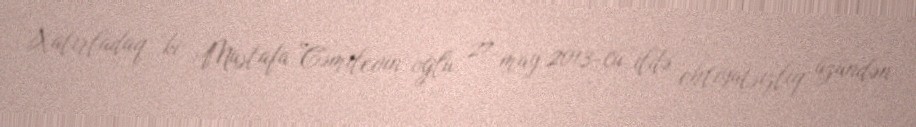
Xatırladaq ki, Mustafa Cəmilevin oğlu 27 may 2013-cü ildə ehtiyatsızlıq üzündən